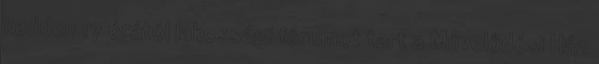
kedden 17 órától lakossági fórumot tart a Művelődési Ház